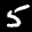
Label: 5